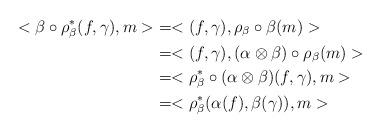
LaTeX: \begin{align*}<\beta \circ \rho_{\beta}^*(f,\gamma),m>&=<(f,\gamma),\rho_{\beta} \circ \beta(m)> \\&=<(f,\gamma),(\alpha \otimes \beta) \circ \rho_{\beta}(m)> \\&=<\rho_{\beta}^* \circ (\alpha \otimes \beta)(f,\gamma),m > \\&=<\rho_{\beta}^*(\alpha(f),\beta(\gamma)),m>\end{align*}